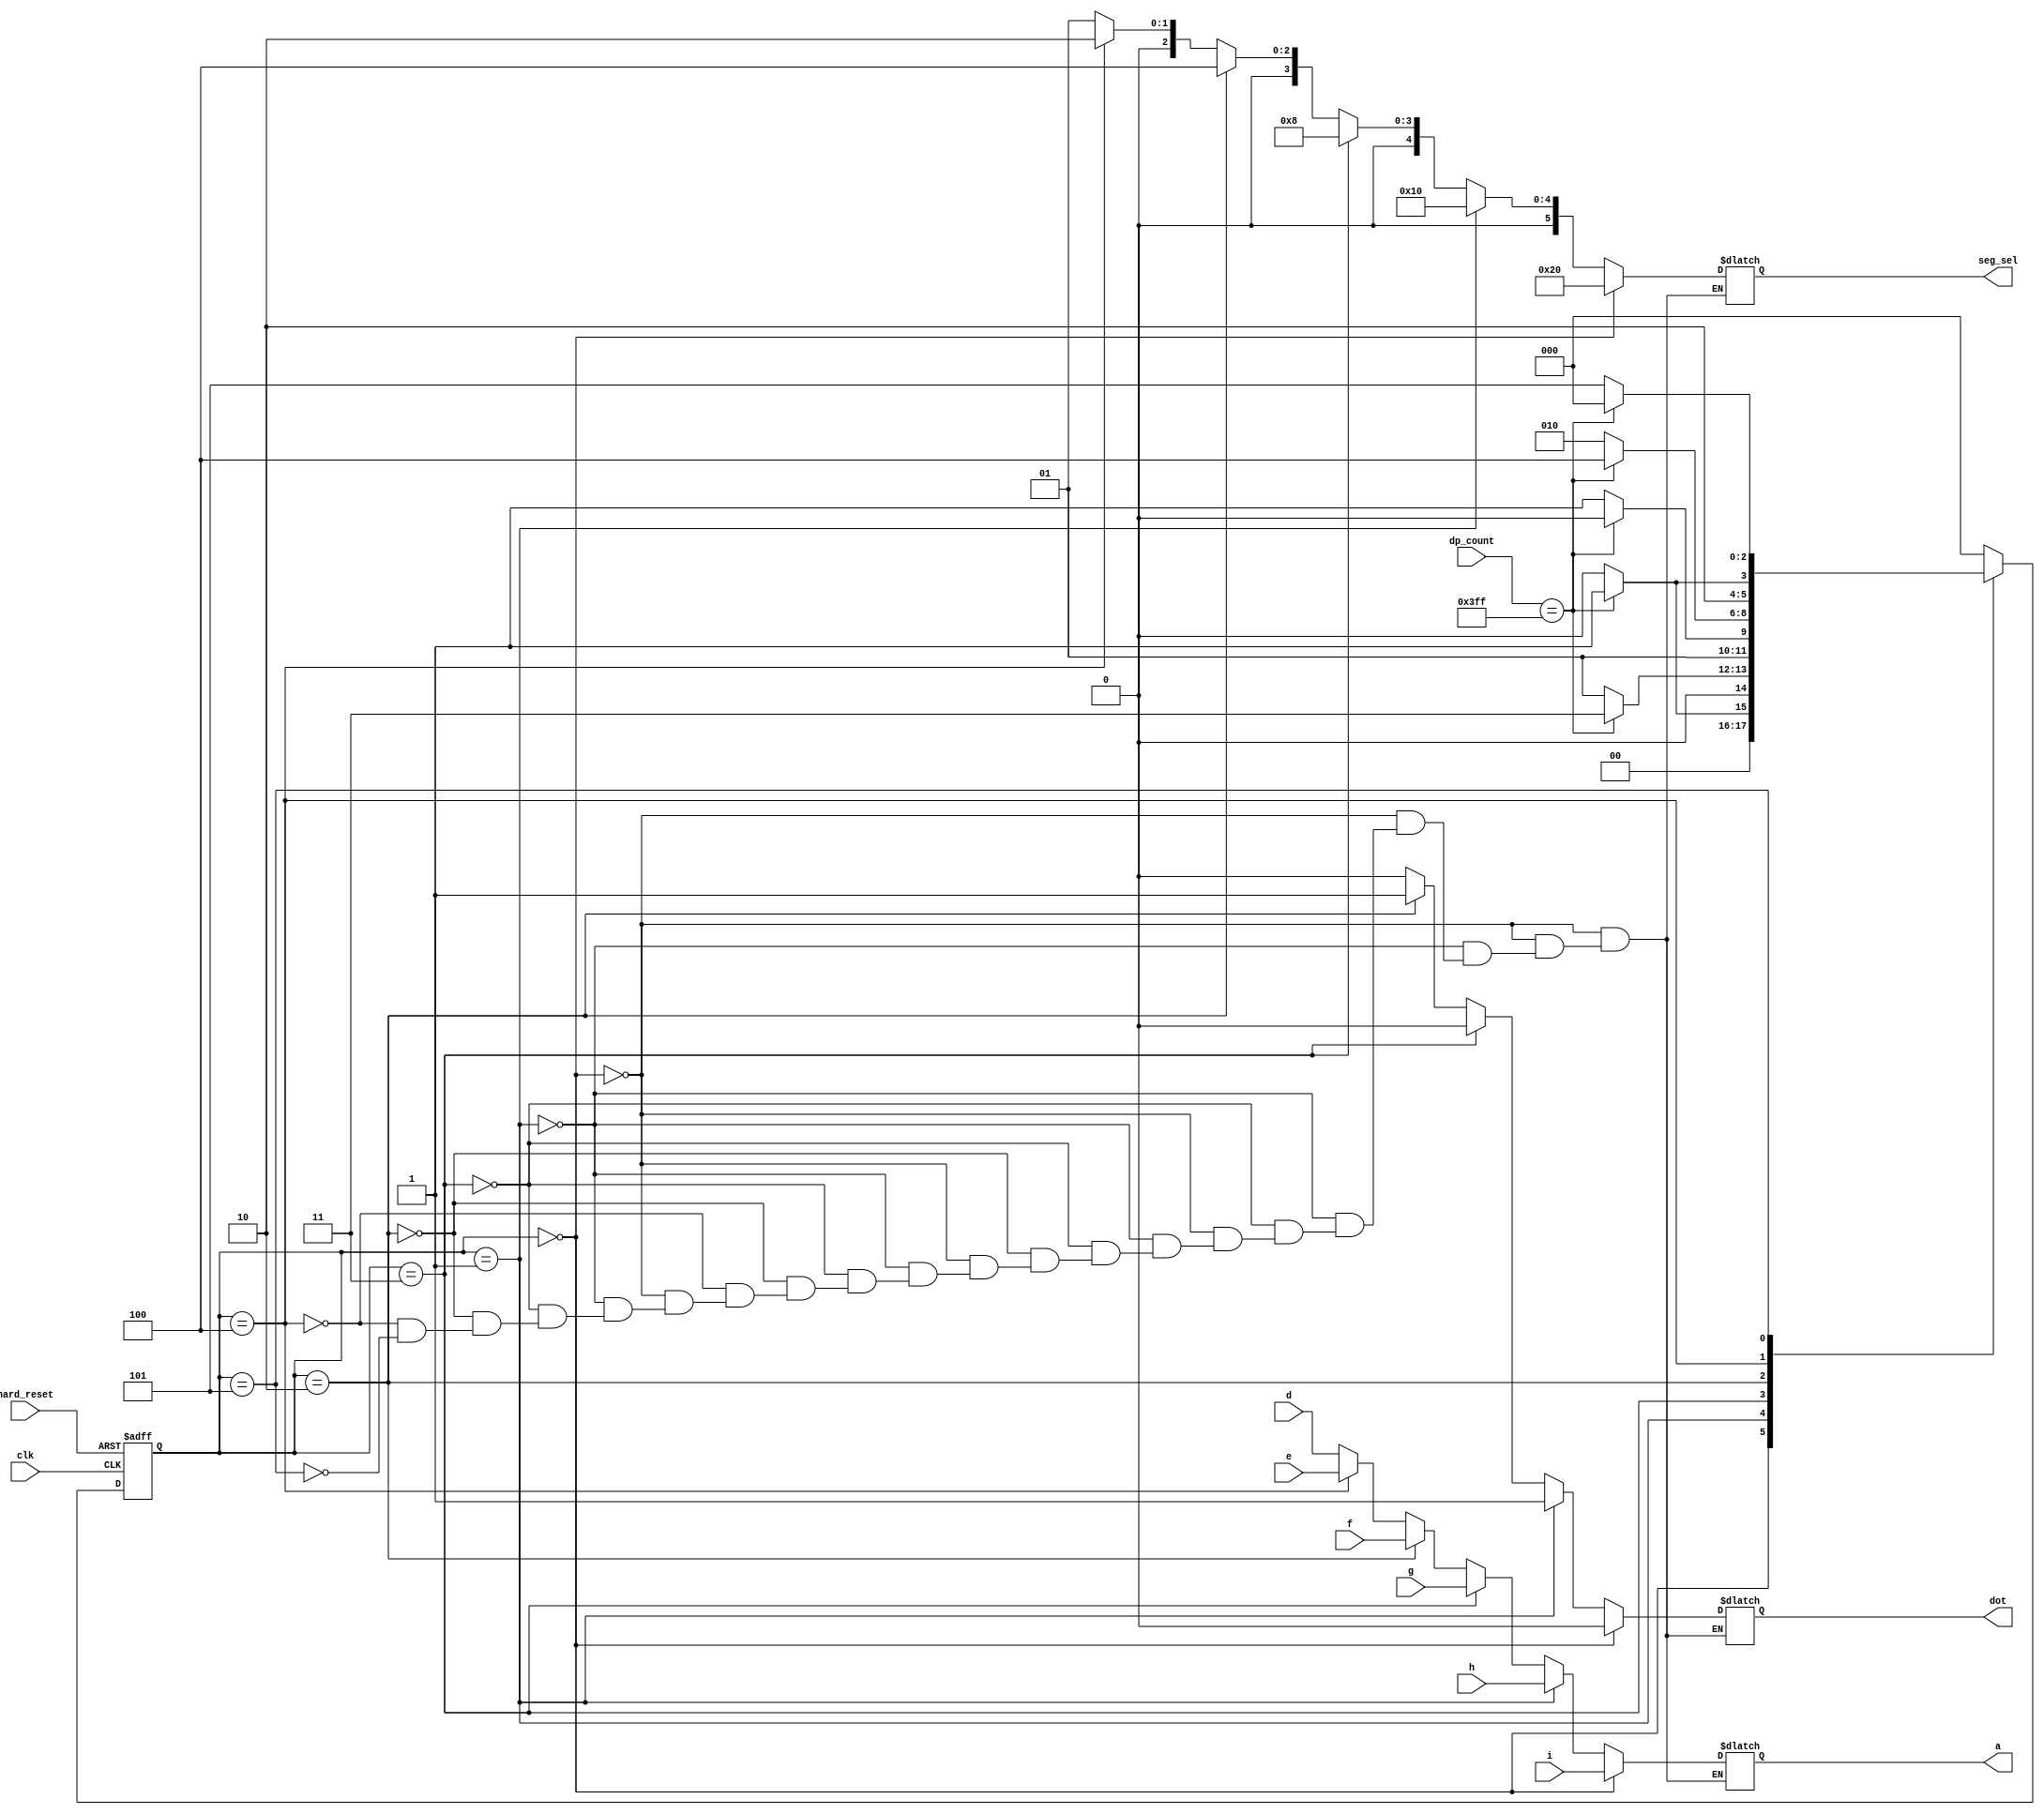
// To display minutes, seconds, and 1/100 seconds in the segment, timer's 'd', 'e', 'f', 'g', 'h', and 'i' are added as input.
// 'd' must be shown in units of 1/100 second, 'e' must be shown in units of 1/10 second, 'f' must be shown in units of 1 second, 'g' must be shown in units of 10 seconds, 'h' must be shown in units of 1 minute, and 'i' must be shown in units of 10 minutes.
// To display '0' on the far-right segment when pressing the hard_reset for initialization, it was programmed as S5.
// When dp_count reaches 10h3FF, it moves to the next state.
// It appears that 6 segments are turned on at the same time, because they are turned on very quickly in order from S0 to S5 according to dp_count.
module dp_fsm(
clk, hard_reset, dot,
dp_count, // count value
a, // segment data in
seg_sel, // segment select
d, e, f, g, h, i); 

input clk;
input hard_reset;
input [9:0] dp_count;
input [3:0] d;
input [3:0] e;
input [3:0] f;
input [3:0] g;
input [3:0] h;
input [3:0] i;
output reg [3:0] a;
output reg [5:0] seg_sel;
output reg dot;

reg [2:0] state, next_state;
parameter S0=3'b000;
parameter S1=3'b001;
parameter S2=3'b011;
parameter S3=3'b010;
parameter S4=3'b100;
parameter S5=3'b101;

// status register
always @ (posedge clk or negedge hard_reset) begin
  if (~hard_reset) state <= S5;
  else state <= next_state;
end

// next state logic
always @ (state or dp_count) begin
  case (state)
    S0: if (dp_count==10'h3FF) next_state=S1;
        else next_state=S0;
    S1: if (dp_count==10'h3FF) next_state=S2;
        else next_state=S1;
    S2: if (dp_count==10'h3FF) next_state=S3;
        else next_state=S2;
    S3: if (dp_count==10'h3FF) next_state=S4;
        else next_state=S3;
    S4: if (dp_count==10'h3FF) next_state=S5;
        else next_state=S4;
    S5: if (dp_count==10'h3FF) next_state=S0;
        else next_state=S5;
    default: next_state=S0;
  endcase
end

// output logic
always @ (state) begin
  if (state==S0) begin
    a=i;
    dot=0;
    seg_sel=6'h20;
  end
  else if (state==S1) begin
    a=h;
    dot=1;
    seg_sel=6'h10;
  end
  else if (state==S2) begin
    a=g;
    dot=0;
    seg_sel=6'h08;
  end
  else if (state==S3) begin
    a=f;
    dot=1;
    seg_sel=6'h04;
  end
  else if (state==S4) begin
    a=e;
    dot=0;
    seg_sel=6'h02;
  end
  else if (state==S5) begin
    a=d;
    dot=0;
    seg_sel=6'h01;
  end
end

endmodule